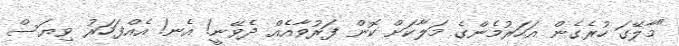
"މާލޭގަ ހުރެގެން އަހަރުމެންގެ މަލާކަށް ކޮން ފަރުވާއެއް ދެވޭނީ! އެނ! އެއްފަހަރު ވިޔަސް